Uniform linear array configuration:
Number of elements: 24
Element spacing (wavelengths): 0.25
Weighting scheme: hamming
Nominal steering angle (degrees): -30
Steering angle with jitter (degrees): -30.063
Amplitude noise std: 0.05
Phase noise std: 0.05

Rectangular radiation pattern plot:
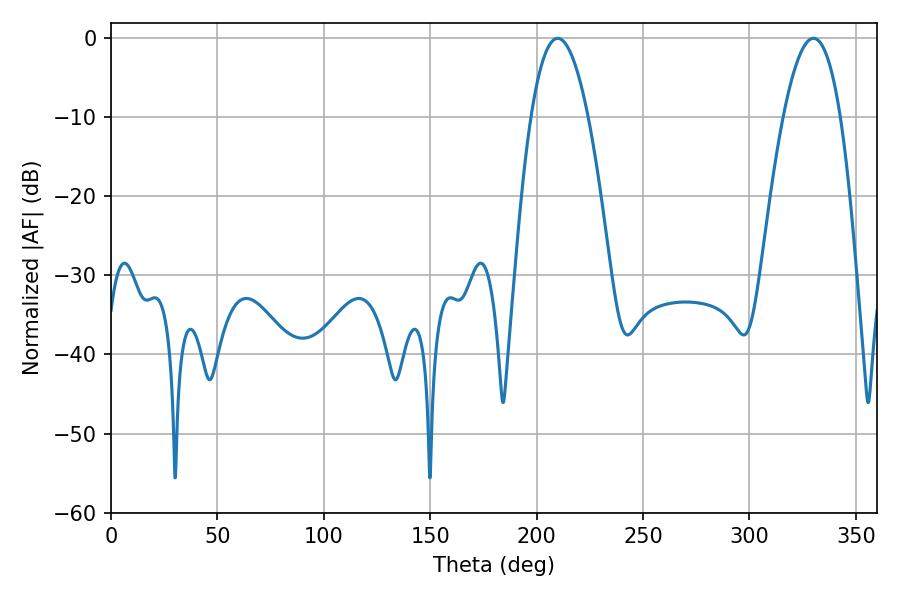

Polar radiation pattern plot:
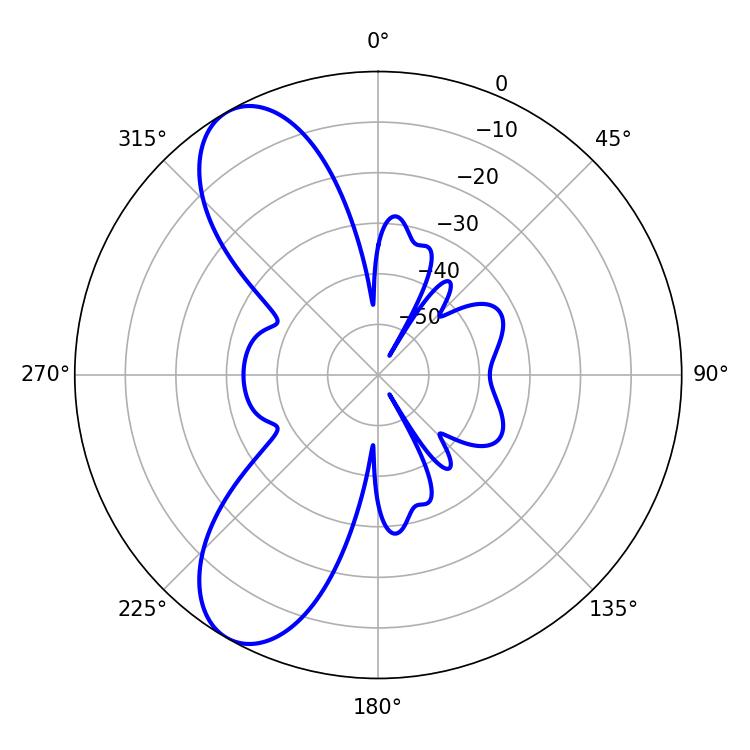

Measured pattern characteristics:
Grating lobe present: FALSE
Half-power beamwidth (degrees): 14.76
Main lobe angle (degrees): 330.12